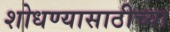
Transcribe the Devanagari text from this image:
शोधण्यासाठीच्या